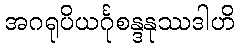
အဂရုပိယင်္ဂုစန္ဒနုဿဒါဟိ